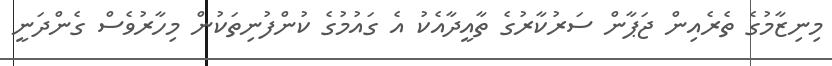
މިނިޒާމުގެ ތެރެއިން ޖަޕާން ސަރުކާރުގެ ތާއީދާއެކު އެ ގައުމުގެ ކުންފުނިތަކުން މިހާރުވެސް ގެންދަނީ